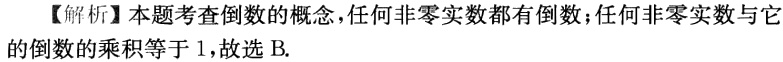
【解析】本题考查倒数的概念，任何非零实数都有倒数；任何非零实数与它的倒数的乘积等于 1，故选 B.